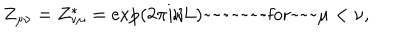
LaTeX: Z _ { \mu \nu } = Z _ { \nu \mu } ^ { * } = \exp \left( 2 \pi i / L \right) \mathrm { ~ f o r } \mu < \nu ,